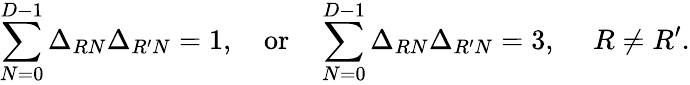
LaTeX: \sum_{N=0}^{D-1}\Delta_{RN}\Delta_{R^{\prime}N}=1,~~~~\mathrm{or}~~~~\sum_{N=0}^{D-1}\Delta_{RN}\Delta_{R^{\prime}N}=3,~~~~~R\not=R^{\prime}.